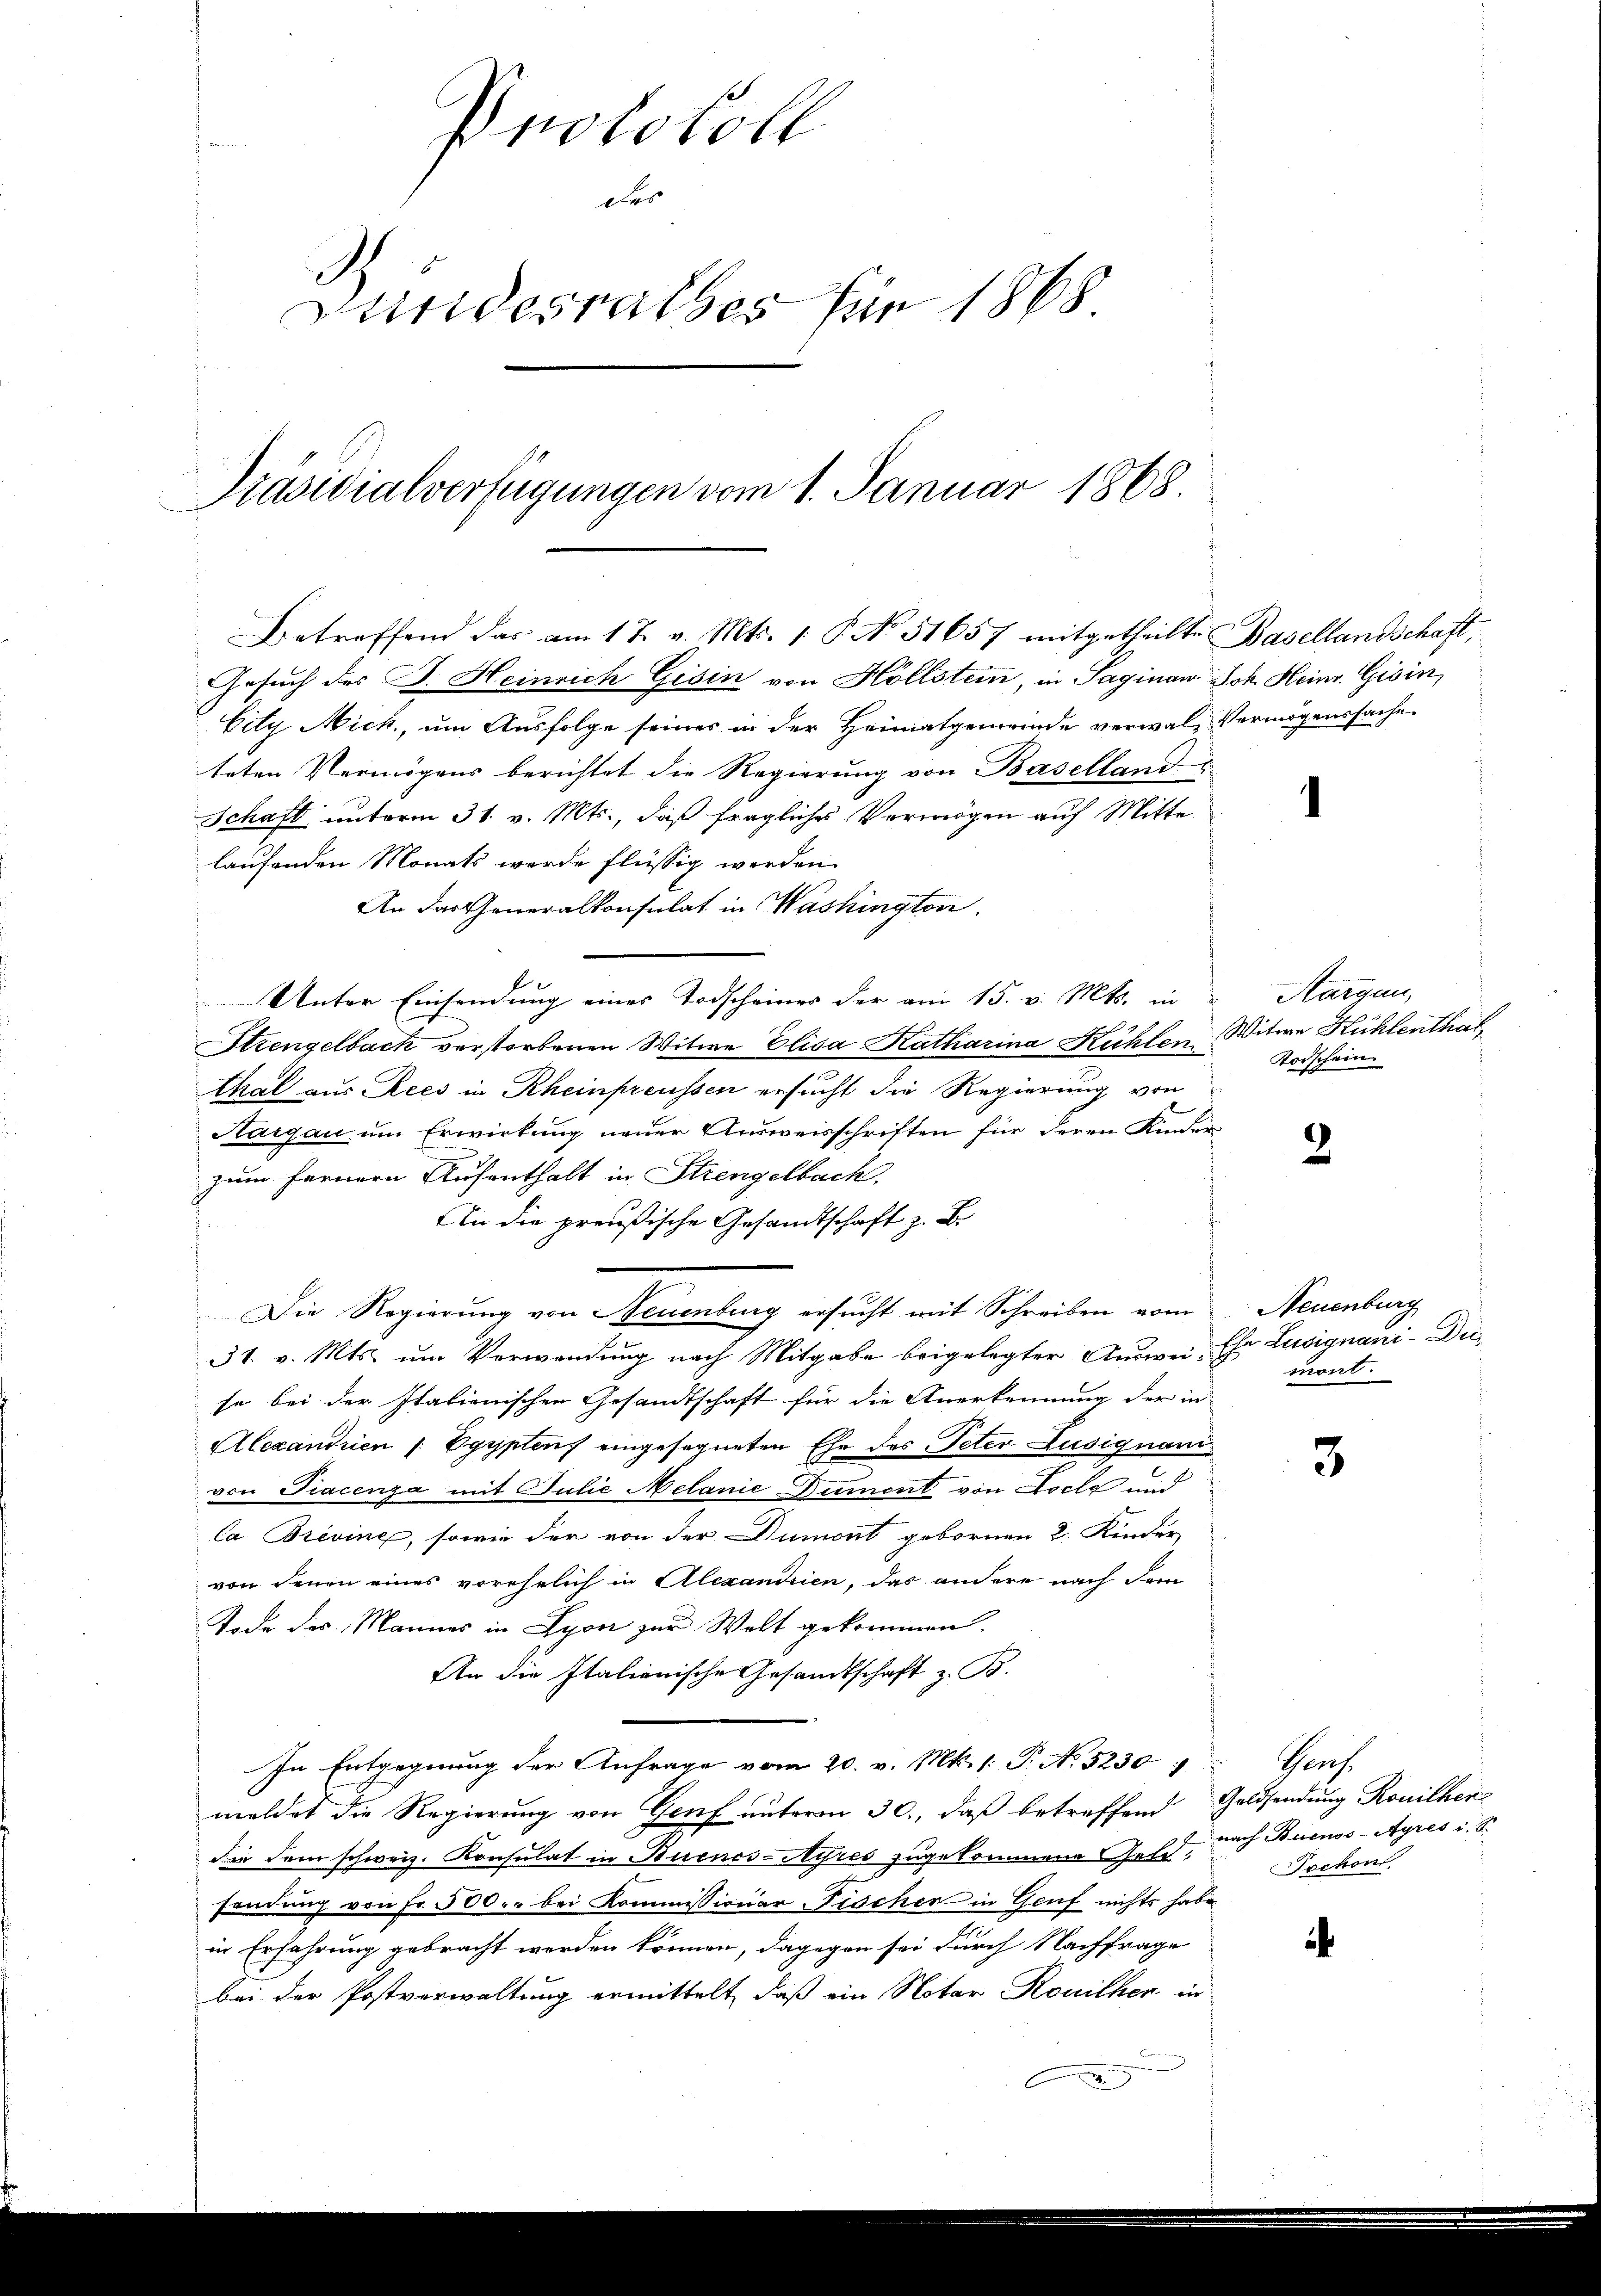
Protokoll
des
Bundesrathes für 1868
Präsidialverfügungen vom 1. Januar 1868

Betreffend das am 1 t v. Mts. 1. P. No 51657 mitgetheilte Basellandschaft,
Gesuch des J. Heinrich Gisin von Höllstein, in Saginan Joh. Heinr. Gisin,

Vity Nick, um Ausfolge seines in der Heimatgemeinde verwal-Vermögenssache.
teten Vermögens berichtet die Regierung von Baselland
Schaft unterm 31. v. Mts., daß fragliches Vermögen auf Mitte
laufenden Monats werde flüssig werden.
An das Generalkonsulat in Washington
Unter Einsendung einer Todscheines der am 15. v. Mts. in Aargau,
Strengelbach verstorbenen Witwe Elisa Katharina Kühlen Witwe Kühlenthal,
thal aus Recs in Rheinpreussen ersucht die Regierung von
Hargau um Erwirkung neuer Ausweisschriften für deren Kinder
zum fernern Aufenthalt in Strengelbach.
An die preußische Gesandtschaft z. B.
Die Regierung von Neuenburg ersucht mit Schreiben vom
31. v. Mts. um Verwendung nach Mitgabe beigelegter Auswei- Ehr Lusignani-Deise bei der Italienischen Gesandtschaft für die Anerkennung der in
Alexandrien /: Vgyptens eingesegneten Ehe des Peter Lusignani
von Piacenza mit Julie Melanie Dumont von Folle und
Ca Brevine, sowie der von der Dumont gebornen 2 Kinder
von denen eines vorehelich in Alexandrien, das andere nach dem
Tode des Mannes in Lyon zur Welt gekommen.
An die Italienische Gesandtschaft z. B.
In Entgegnung der Anfrage vom 20. v. Mt. 1: P. No 5230:
meldet die Regierung von Genf unterm 30., daß betreffend Goldsendung Rouither
die dem schweiz. Konsulat in Buenos-Ayres zugekommene Gold,
sendung von Fr. 500.- bei Kommissioner Fischer in Genf nichts habe
in Erfahrung gebracht werden können, dagegen sei durch Nachfrage
bei der Postverwaltung ermittelt, daß ein Notar Rouither in

2

Todschein

2

Neuenburg
mont.

3

Genf.
nach Buenos-Ayres i. S.
Pochon

4